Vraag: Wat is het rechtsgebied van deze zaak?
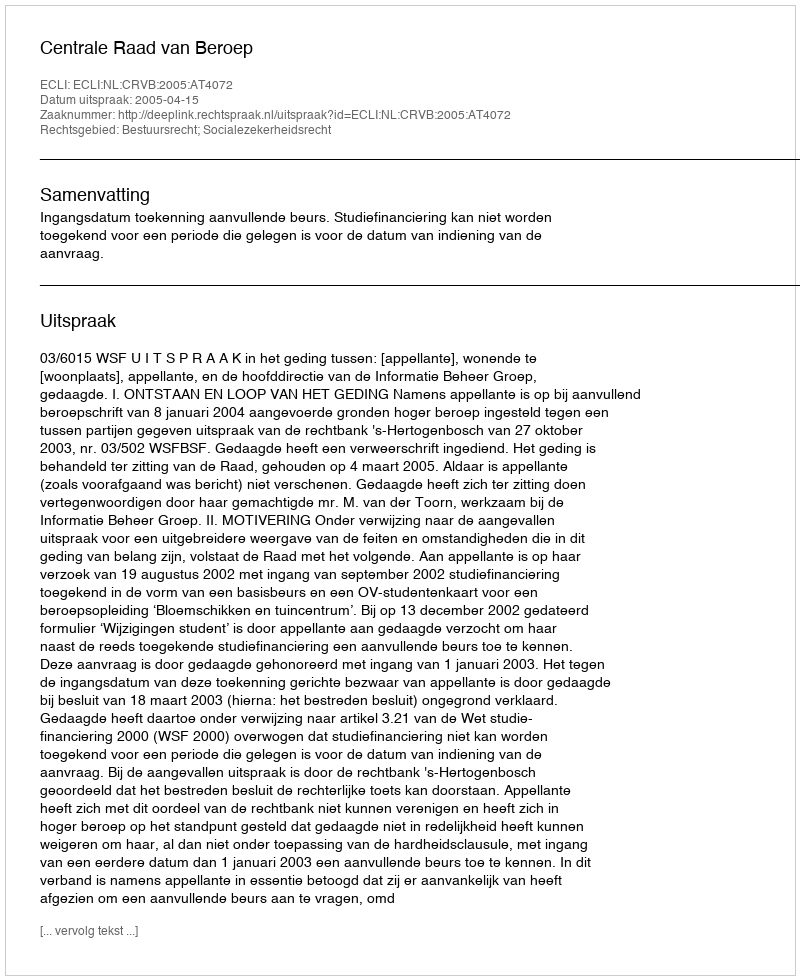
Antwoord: Bestuursrecht; Socialezekerheidsrecht